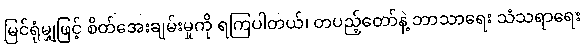
မြင်ရုံမျှဖြင့် စိတ်အေးချမ်းမှုကို ရကြပါတယ်၊ တပည့်တော်နဲ့ ဘာသာရေး သံသရာရေး